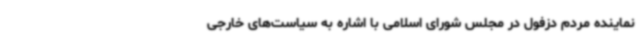
نماینده مردم دزفول در مجلس شورای اسلامی با اشاره به سیاست‌های خارجی